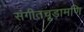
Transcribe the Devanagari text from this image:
संगीतचूड़ामणि